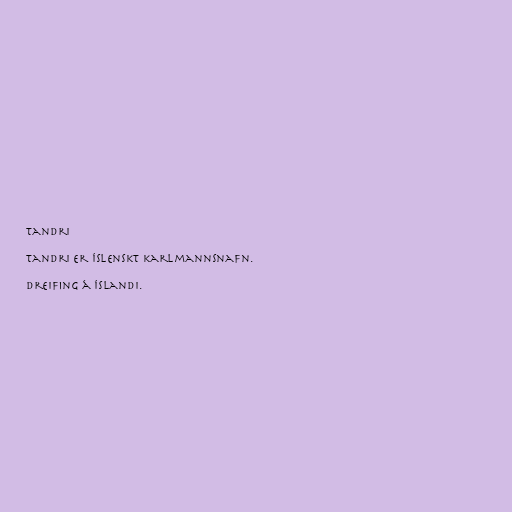
Tandri

Tandri er íslenskt karlmannsnafn.

Dreifing á Íslandi.